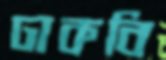
ঢাকবি